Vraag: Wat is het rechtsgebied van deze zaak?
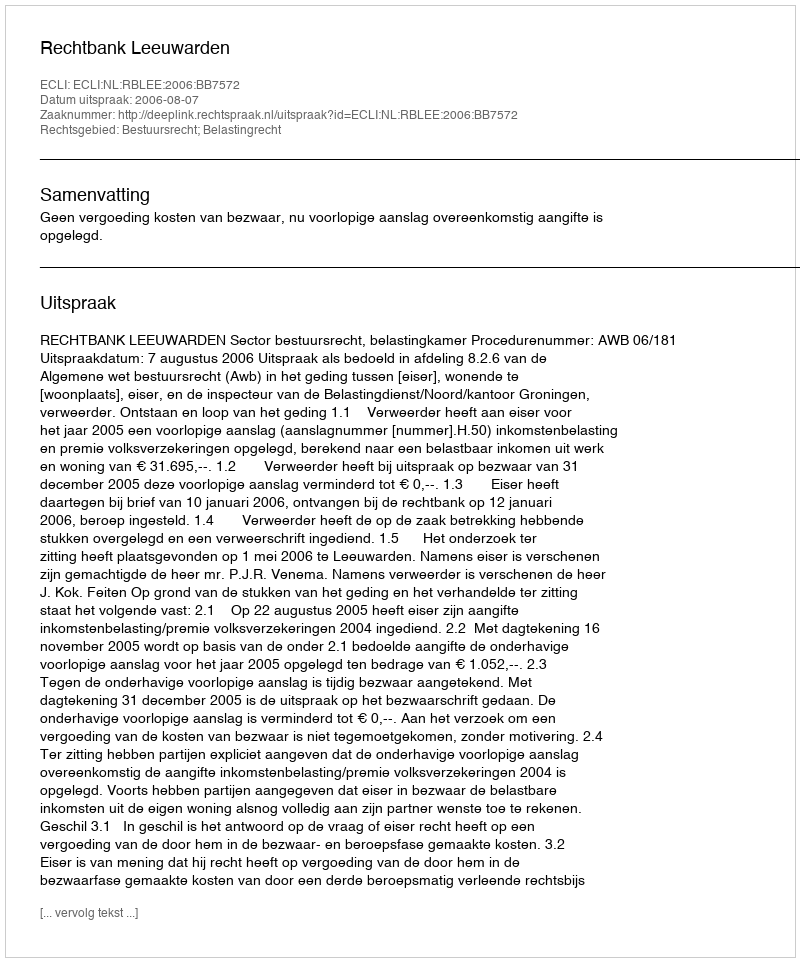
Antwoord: Bestuursrecht; Belastingrecht